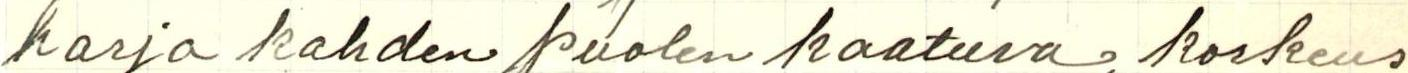
harja kahden puolen kaatuva, korkeus